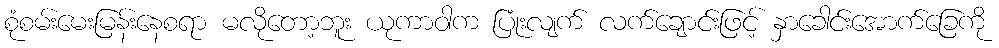
စုံစမ်းမေးမြန်းနေစရာ မလိုတော့ဘူး ယုကာဝါက ပြုံးလျက် လက်ချောင်းဖြင့် နှာခေါင်းအောက်ခြေကို